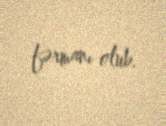
fərmanı olub.